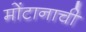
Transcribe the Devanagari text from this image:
मोंटानाची